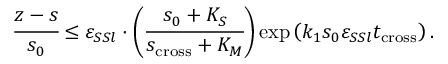
\cfrac { z - s } { s _ { 0 } } \leq \varepsilon _ { S S l } \cdot \bigg ( \cfrac { s _ { 0 } + K _ { S } } { s _ { \mathrm { c r o s s } } + K _ { M } } \bigg ) \exp \left( k _ { 1 } s _ { 0 } \varepsilon _ { S S l } t _ { \mathrm { c r o s s } } \right) .